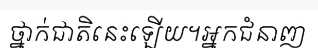
ថ្នាក់ជាតិនេះឡើយ។អ្នកជំនាញ